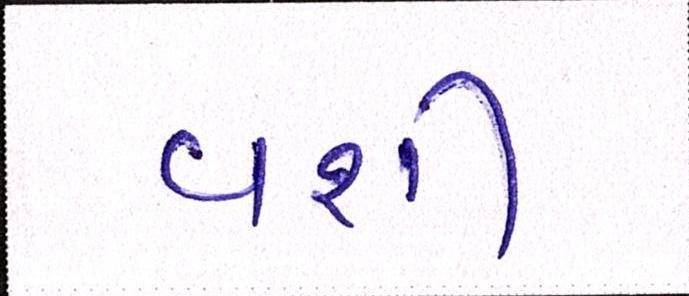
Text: વશી